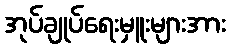
အုပ်ချုပ်ရေးမှူးများအား